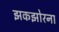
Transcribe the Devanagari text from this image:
झकझोरना